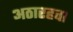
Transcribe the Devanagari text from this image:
अठारहवा